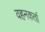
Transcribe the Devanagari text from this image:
वहनकर्ता